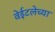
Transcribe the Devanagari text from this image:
वेईटलेच्या